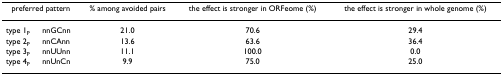
<table><thead><tr><td colspan="2"><b>preferred pattern</b></td><td><b>% among avoided pairs</b></td><td><b>the effect is stronger in ORFeome (%)</b></td><td><b>the effect is stronger in whole genome (%)</b></td></tr></thead><tbody><tr><td>type 1<sub>P</sub></td><td>nnGCnn</td><td>21.0</td><td>70.6</td><td>29.4</td></tr><tr><td>type 2<sub>P</sub></td><td>nnCAnn</td><td>13.6</td><td>63.6</td><td>36.4</td></tr><tr><td>type 3<sub>P</sub></td><td>nnUUnn</td><td>11.1</td><td>100.0</td><td>0.0</td></tr><tr><td>type 4<sub>P</sub></td><td>nnUnCn</td><td>9.9</td><td>75.0</td><td>25.0</td></tr></tbody></table>